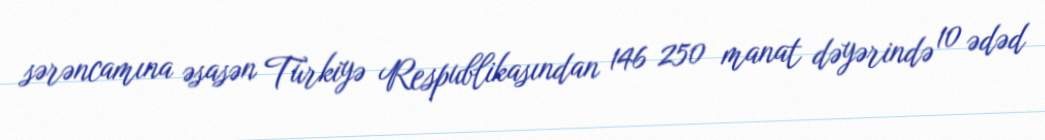
sərəncamına əsasən Türkiyə Respublikasından 146 250 manat dəyərində 10 ədəd